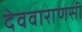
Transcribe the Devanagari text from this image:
देववाराणसी